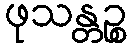
ဖုသန္တဉ္စ